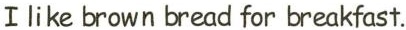
Ⅰlike brown bread for breakfast.